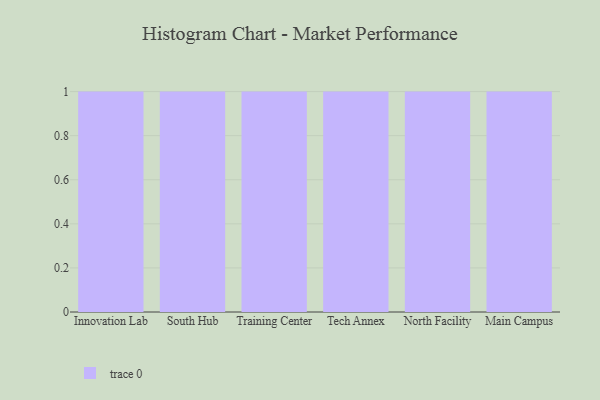
{"axis": {"x": "Campus", "y": "Net Income (USD K)"}, "legend": [""], "data": [{"x": "Innovation Lab", "y": 71, "type": ""}, {"x": "South Hub", "y": 3, "type": ""}, {"x": "Training Center", "y": 15, "type": ""}, {"x": "Tech Annex", "y": 44, "type": ""}, {"x": "North Facility", "y": 94, "type": ""}, {"x": "Main Campus", "y": 15, "type": ""}]}